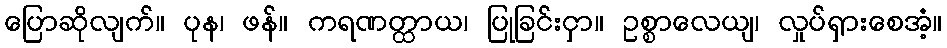
ပြောဆိုလျက်။ ပုန၊ ဖန်။ ကရဏတ္ထာယ၊ ပြုခြင်းငှာ။ ဥစ္စာလေယျ၊ လှုပ်ရှားစေအံ့။